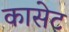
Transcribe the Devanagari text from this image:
कासेट